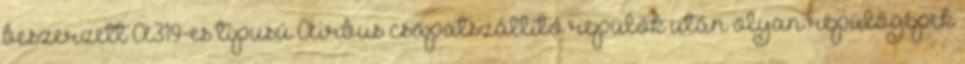
beszerzett A319-es típusú Airbus csapatszállító repülők után olyan repülőgépek